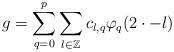
LaTeX: \begin{align*}g = \sum_{q = 0}^{p} \sum_{l \in \mathbb{Z}} c_{l,q} \varphi_{q} (2 \cdot - l) \end{align*}